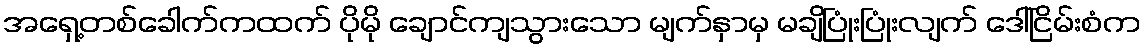
အရှေ့တစ်ခေါက်ကထက် ပိုမို ချောင်ကျသွားသော မျက်နှာမှ မချိပြုံးပြုံးလျက် ဒေါ်ငြိမ်းစံက